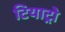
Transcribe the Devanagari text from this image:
टियाट्रो